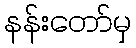
နန်းတော်မှ